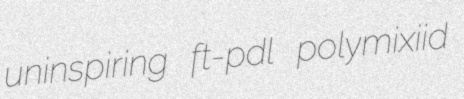
uninspiring ft-pdl polymixiid